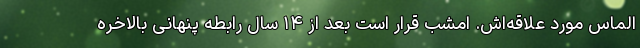
الماس مورد علاقه‌اش. امشب قرار است بعد از ۱۴ سال رابطه پنهانی بالاخره